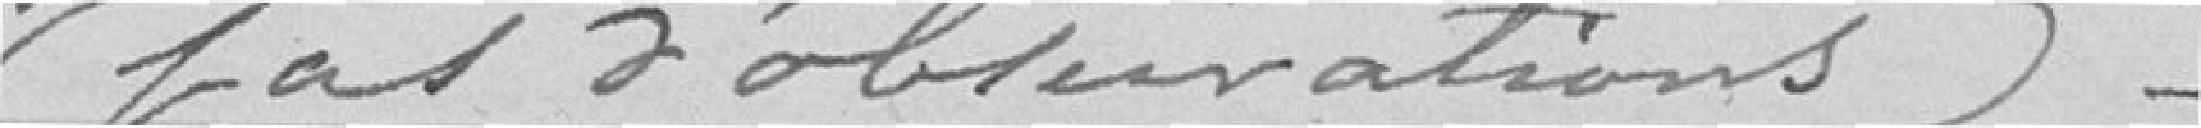
(pas d'observations)